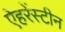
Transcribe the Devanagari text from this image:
ऐहरेंस्टीन